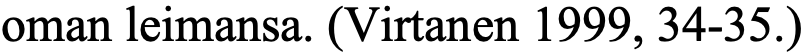
oman leimansa. (Virtanen 1999, 34-35.)